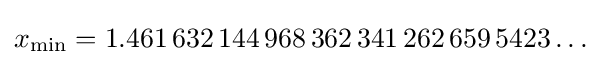
x_{\min }=1.461\,632\,144\,968\,362\,341\,262\,659\,5423\ldots